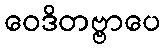
ဝေဒိတဗ္ဗာပေ